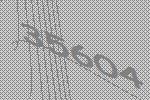
35604